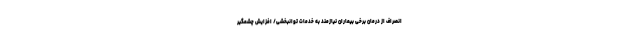
انصراف از درمان برخی بیماران نیازمند به خدمات توانبخشی/ افزایش چشمگیر